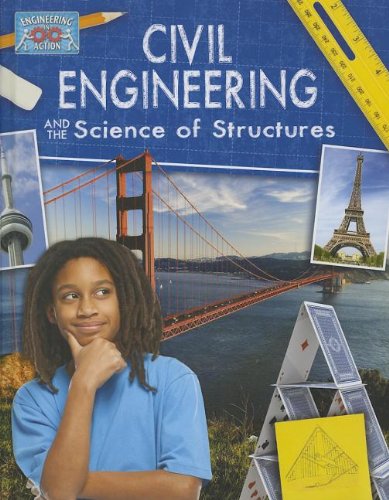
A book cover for Civil Engineering and the Science of Structures (Engineering in Action); Andrew Solway; Teen & Young Adult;